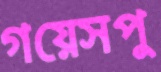
গয়েসপু